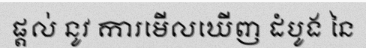
ផ្តល់ នូវ ការមើលឃើញ ដំបូង នៃ